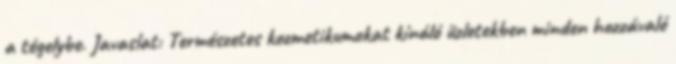
a tégelybe. Javaslat: Természetes kozmetikumokat kínáló üzletekben minden hozzávaló